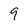
Character: 9